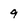
Character: 9